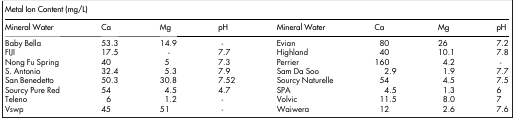
<table><thead><tr><td colspan="8"><b>Metal Ion Content (mg/L)</b></td></tr><tr><td><b>Mineral Water</b></td><td><b>Ca</b></td><td><b>Mg</b></td><td><b>pH</b></td><td><b>Mineral Water</b></td><td><b>Ca</b></td><td><b>Mg</b></td><td><b>pH</b></td></tr></thead><tbody><tr><td>Baby Bella</td><td>53.3</td><td>14.9</td><td>-</td><td>Evian</td><td>80</td><td>26</td><td>7.2</td></tr><tr><td>FIJI</td><td>17.5</td><td>-</td><td>7.7</td><td>Highland</td><td>40</td><td>10.1</td><td>7.8</td></tr><tr><td>Nong Fu Spring</td><td>40</td><td>5</td><td>7.3</td><td>Perrier</td><td>160</td><td>4.2</td><td>-</td></tr><tr><td>S. Antonio</td><td>32.4</td><td>5.3</td><td>7.9</td><td>Sam Da Soo</td><td>2.9</td><td>1.9</td><td>7.7</td></tr><tr><td>San Benedetto</td><td>50.3</td><td>30.8</td><td>7.52</td><td>Sourcy Naturelle</td><td>54</td><td>4.5</td><td>7.5</td></tr><tr><td>Sourcy Pure Red</td><td>54</td><td>4.5</td><td>4.7</td><td>SPA</td><td>4.5</td><td>1.3</td><td>6</td></tr><tr><td>Teleno</td><td>6</td><td>1.2</td><td>-</td><td>Volvic</td><td>11.5</td><td>8.0</td><td>7</td></tr><tr><td>Vswp</td><td>45</td><td>51</td><td>-</td><td>Waiwera</td><td>12</td><td>2.6</td><td>7.6</td></tr></tbody></table>